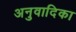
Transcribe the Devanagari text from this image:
अनुवादिका